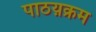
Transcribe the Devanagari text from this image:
पाठय़क्रम